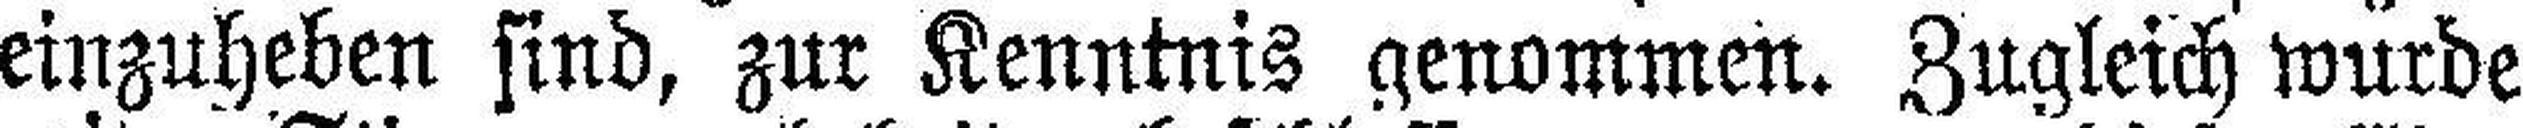
einzuheben sind, zur Kenntnis genommen. Zugleich wurde